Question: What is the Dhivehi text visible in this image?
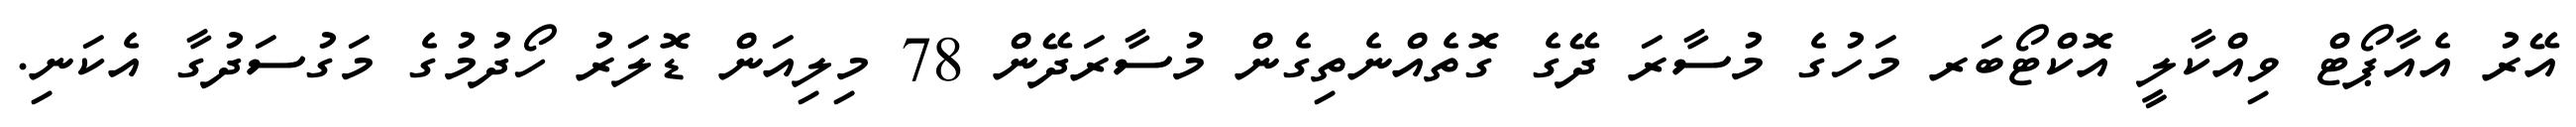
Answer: އޭރު އެއާޕޯޓް ވިއްކާލީ އޮކްޓޯބަރ މަހުގެ މުސާރަ ދޭގެ ގޮތެއްނެތިގެން މުސާރަދޭން 78 މިލިއަން ޑޮލަރު ހޯދުމުގެ މަގުސަދުގާ އެކަނި.